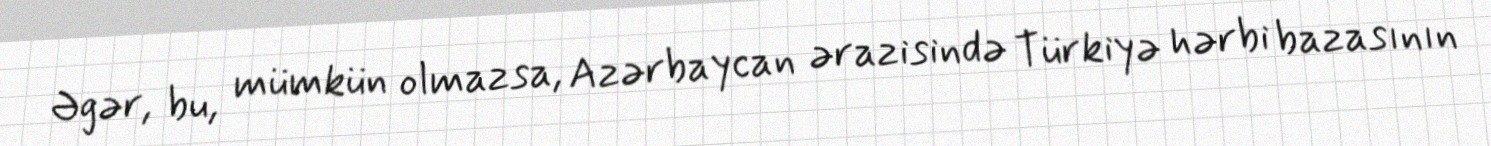
Əgər, bu, mümkün olmazsa, Azərbaycan ərazisində Türkiyə hərbi bazasının